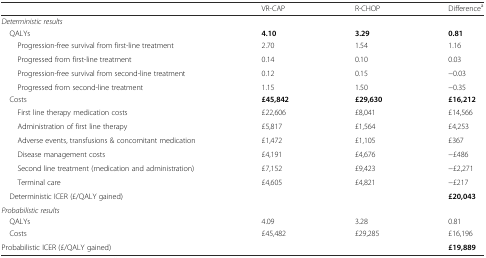
|  | VR-CAP | R-CHOP | Differencea |
 | --- | --- | --- | --- |
 | <COLSPAN=4> Deterministic results |
 | QALYs | 4.10 | 3.29 | 0.81 |
 | Progression-free survival from first-line treatment | 2.70 | 1.54 | 1.16 |
 | Progressed from first-line treatment | 0.14 | 0.10 | 0.03 |
 | Progression-free survival from second-line treatment | 0.12 | 0.15 | −0.03 |
 | Progressed from second-line treatment | 1.15 | 1.50 | −0.35 |
 | Costs | £45,842 | £29,630 | £16,212 |
 | First line therapy medication costs | £22,606 | £8,041 | £14,566 |
 | Administration of first line therapy | £5,817 | £1,564 | £4,253 |
 | Adverse events, transfusions & concomitant medication | £1,472 | £1,105 | £367 |
 | Disease management costs | £4,191 | £4,676 | −£486 |
 | Second line treatment (medication and administration) | £7,152 | £9,423 | −£2,271 |
 | Terminal care | £4,605 | £4,821 | −£217 |
 | Deterministic ICER (£/QALY gained) |  |  | £20,043 |
 | Probabilistic results |  |  |  |
 | QALYs | 4.09 | 3.28 | 0.81 |
 | Costs | £45,482 | £29,285 | £16,196 |
 | Probabilistic ICER (£/QALY gained) |  |  | £19,889 |